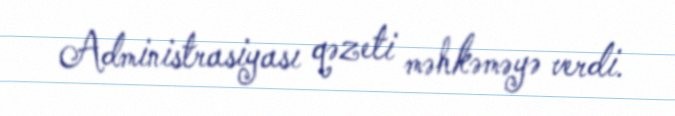
Administrasiyası qəzeti məhkəməyə verdi.